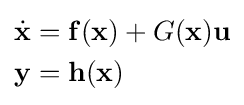
{\begin{aligned}{\dot {\mathbf {x} }}&=\mathbf {f} (\mathbf {x} )+G(\mathbf {x} )\mathbf {u} \\\mathbf {y} &=\mathbf {h} (\mathbf {x} )\end{aligned}}